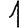
Digit: 1